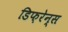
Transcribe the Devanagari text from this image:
डिफ़रेन्स